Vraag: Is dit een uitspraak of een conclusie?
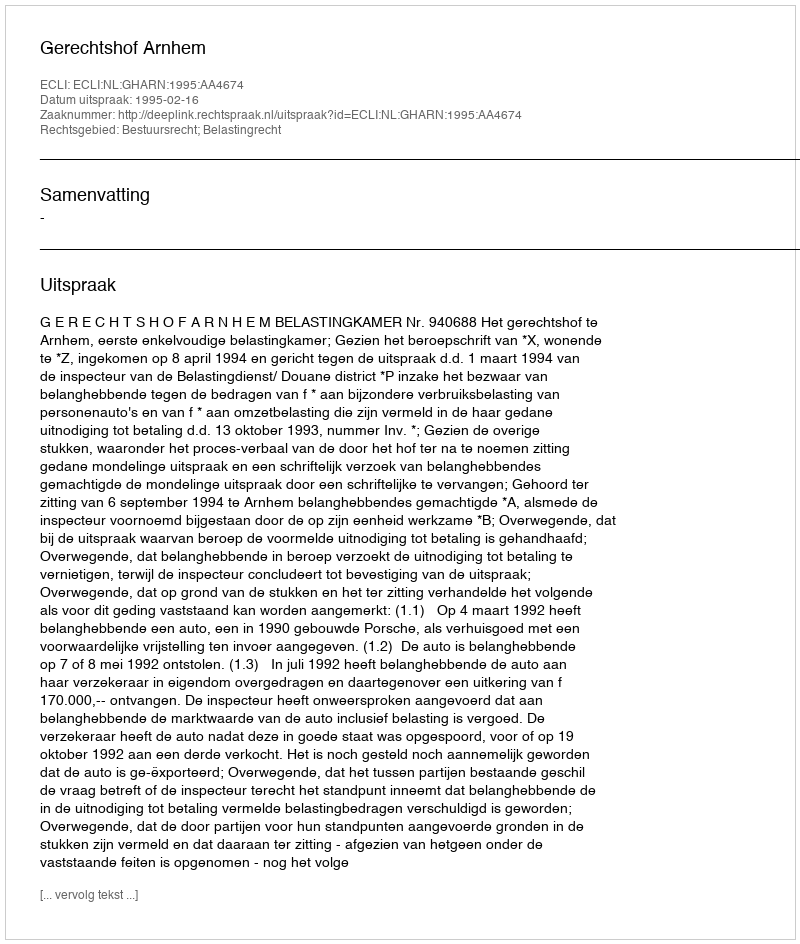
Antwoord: Uitspraak